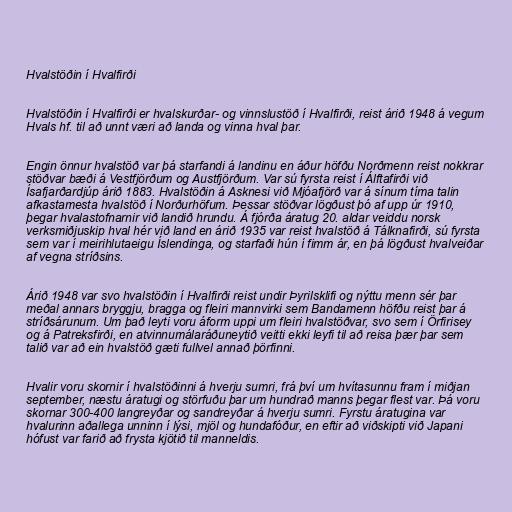
Hvalstöðin í Hvalfirði

Hvalstöðin í Hvalfirði er hvalskurðar- og vinnslustöð í Hvalfirði, reist árið 1948 á vegum
Hvals hf. til að unnt væri að landa og vinna hval þar.

Engin önnur hvalstöð var þá starfandi á landinu en áður höfðu Norðmenn reist nokkrar
stöðvar bæði á Vestfjörðum og Austfjörðum. Var sú fyrsta reist í Álftafirði við
Ísafjarðardjúp árið 1883. Hvalstöðin á Asknesi við Mjóafjörð var á sínum tíma talin
afkastamesta hvalstöð í Norðurhöfum. Þessar stöðvar lögðust þó af upp úr 1910,
þegar hvalastofnarnir við landið hrundu. Á fjórða áratug 20. aldar veiddu norsk
verksmiðjuskip hval hér við land en árið 1935 var reist hvalstöð á Tálknafirði, sú fyrsta
sem var í meirihlutaeigu Íslendinga, og starfaði hún í fimm ár, en þá lögðust hvalveiðar
af vegna stríðsins.

Árið 1948 var svo hvalstöðin í Hvalfirði reist undir Þyrilsklifi og nýttu menn sér þar
meðal annars bryggju, bragga og fleiri mannvirki sem Bandamenn höfðu reist þar á
stríðsárunum. Um það leyti voru áform uppi um fleiri hvalstöðvar, svo sem í Örfirisey
og á Patreksfirði, en atvinnumálaráðuneytið veitti ekki leyfi til að reisa þær þar sem
talið var að ein hvalstöð gæti fullvel annað þörfinni.

Hvalir voru skornir í hvalstöðinni á hverju sumri, frá því um hvítasunnu fram í miðjan
september, næstu áratugi og störfuðu þar um hundrað manns þegar flest var. Þá voru
skornar 300-400 langreyðar og sandreyðar á hverju sumri. Fyrstu áratugina var
hvalurinn aðallega unninn í lýsi, mjöl og hundafóður, en eftir að viðskipti við Japani
hófust var farið að frysta kjötið til manneldis.